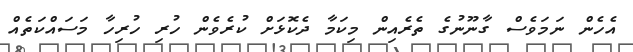
އެހެން ނަމަވެސް ގާނޫނުގެ ތެރެއިން މިކަމާ ދެކޮޅަށް ކުރެވެން ހުރި ހުރިހާ މަސައްކަތެއް